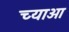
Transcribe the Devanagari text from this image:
च्याओ